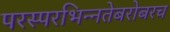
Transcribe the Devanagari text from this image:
परस्‍परभिन्‍नतेबरोबरच